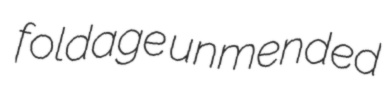
foldage unmended